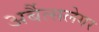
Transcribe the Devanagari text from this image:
अर्बैत्सलेगर